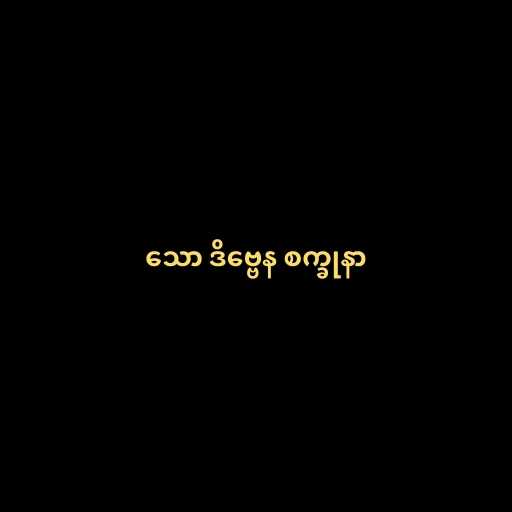
သော ဒိဗ္ဗေန စက္ခုနာ